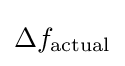
\Delta f_{\text{actual}}